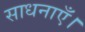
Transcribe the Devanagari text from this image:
साधनाएँ।